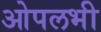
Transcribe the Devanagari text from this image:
ओपलभी